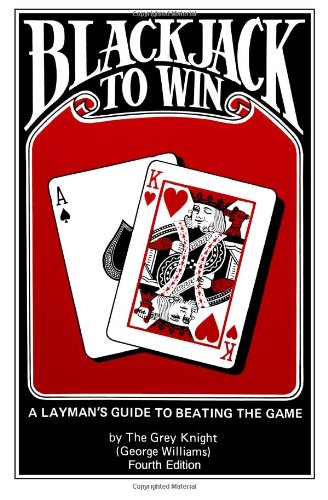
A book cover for Blackjack to Win: A Layman's Guide to Beating the Game: (Fourth Edition); George Williams; Humor & Entertainment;